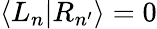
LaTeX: \langle L_{n}|R_{n^{\prime}}\rangle=0